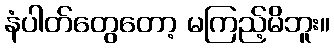
နံပါတ်တွေတော့ မကြည့်မိဘူး။